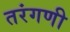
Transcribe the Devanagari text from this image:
तरंगणी